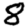
Digit: 8